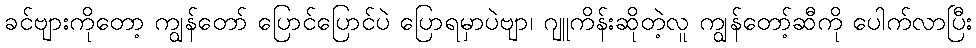
ခင်ဗျားကိုတော့ ကျွန်တော် ပြောင်ပြောင်ပဲ ပြောရမှာပဲဗျာ၊ ဂျူကိန်းဆိုတဲ့လူ ကျွန်တော့်ဆီကို ပေါက်လာပြီး